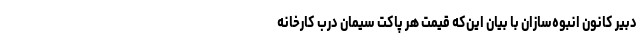
دبیر کانون انبوه‌سازان با بیان این‌که قیمت هر پاکت سیمان درب کارخانه